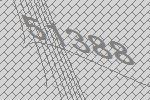
51388